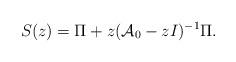
LaTeX: \begin{align*} S(z) = \Pi + z(\mathcal{A}_0 - zI)^{-1}\Pi.\end{align*}